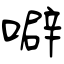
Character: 噼